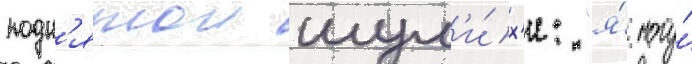
подн'ятои шум'и́х'и: "я́ могу́